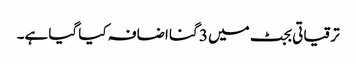
ترقیاتی بجٹ میں 3 گنا اضافہ کیا گیا ہے۔